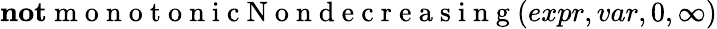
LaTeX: \textbf{not}\mathrm{~m~o~n~o~t~o~n~i~c~N~o~n~d~e~c~r~e~a~s~i~n~g~}(expr,var,0,\infty)